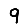
Digit: 9